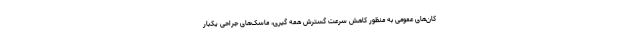
کان‌های عمومی به منظور کاهش سرعت گسترش همه گیری، ماسک‌های جراحی یکبار